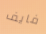
فايف